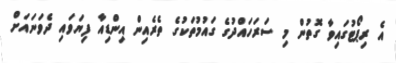
އެ ރިޕޯޓުގައިވާ ގޮތުން މި ސަރަހައްދުގެ ގައުމުތަކުގެ ތެރެއިން އިންޑިއާ ފިޔަވައި ދެވަނައަށް